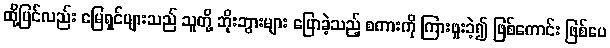
ထို့ပြင်လည်း မြေရှင်များသည် သူတို့ ဘိုးဘွားများ ပြောခဲ့သည့် စကားကို ကြားဖူးခဲ့၍ ဖြစ်ကောင်း ဖြစ်ပေ